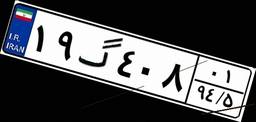
۳۷گ۳۲۰۳۱